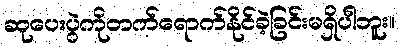
ဆုပေးပွဲကိုတက်ရောက်နိုင်ခဲ့ခြင်းမရှိပါဘူး။